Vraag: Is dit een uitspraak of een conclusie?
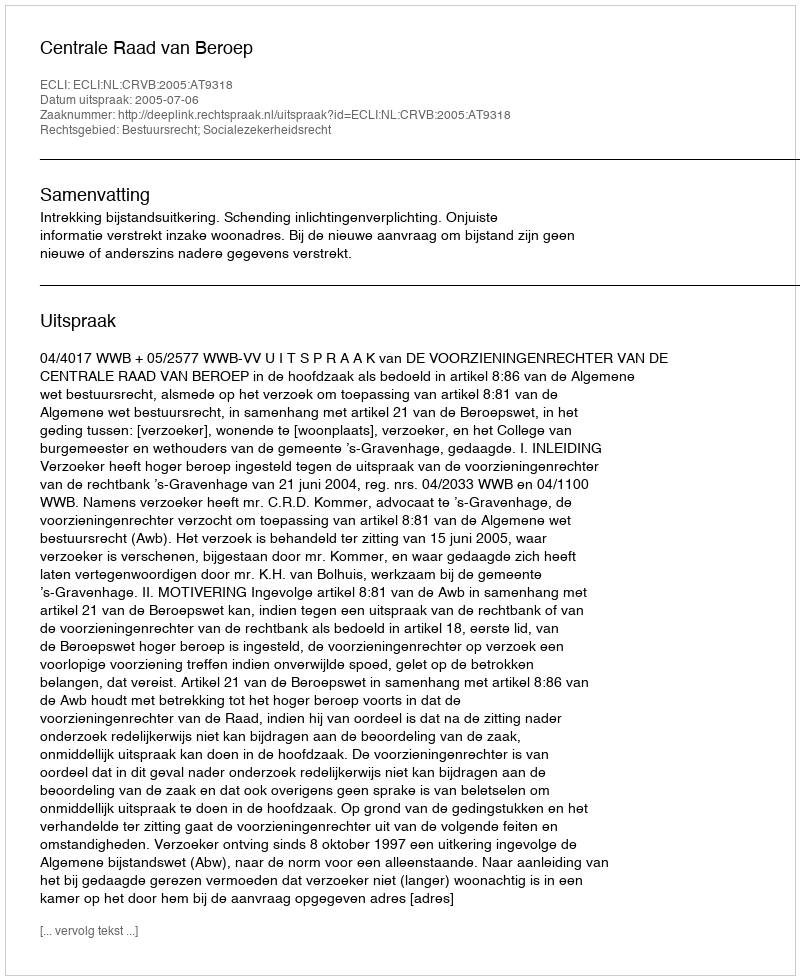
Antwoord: Uitspraak